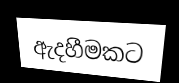
ඇදහීමකට